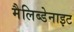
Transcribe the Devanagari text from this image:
मैलिब्डेनाइट